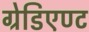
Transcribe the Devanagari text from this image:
ग्रेडिएण्ट